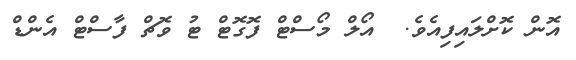
އޮން ކޮށްލައިފިއެވެ.  އޯލް މޯސްޓް ފޮގޮޓް ޓު ވޮޗް ފާސްޓް އެންޑް